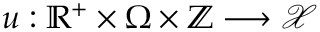
u : \mathbb { R } ^ { + } \times \Omega \times \mathbb { Z } \longrightarrow \mathcal { X }